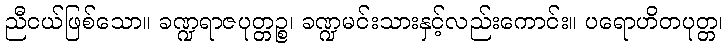
ညီငယ်ဖြစ်သော။ ခဏ္ဍရာဇပုတ္တဉ္စ၊ ခဏ္ဍမင်းသားနှင့်လည်းကောင်း။ ပရောဟိတပုတ္တ၊